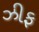
ઝીફ